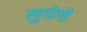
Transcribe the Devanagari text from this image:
लुगोगो